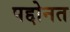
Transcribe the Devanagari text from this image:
पद्दोनत